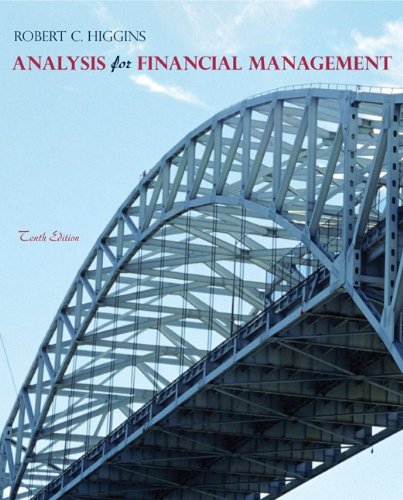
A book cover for Analysis for Financial Management, 10th Edition; Robert Higgins; Business & Money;